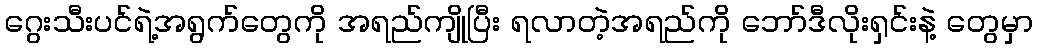
ဂွေးသီးပင်ရဲ့အရွက်တွေကို အရည်ကျိုပြီး ရလာတဲ့အရည်ကို ဘော်ဒီလိုးရှင်းနဲ့ တွေမှာ